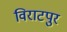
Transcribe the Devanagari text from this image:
विराटपुर